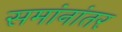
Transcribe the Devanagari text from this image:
समांनांतर